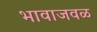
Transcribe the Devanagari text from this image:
भावाजवळ